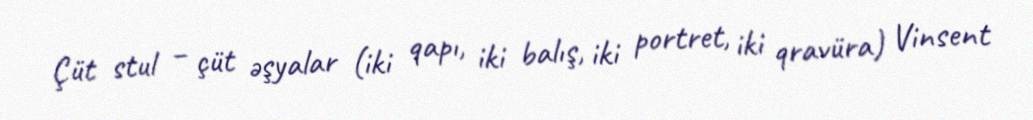
Çüt stul – çüt əşyalar (iki qapı, iki balış, iki portret, iki qravüra) Vinsent